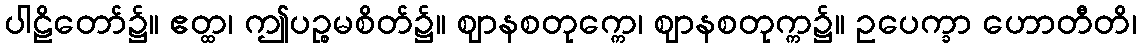
ပါဠိတော်၌။ ဧတ္ထ၊ ဤပဉ္စမစိတ်၌။ ဈာနစတုက္ကေ၊ ဈာနစတုက္က၌။ ဥပေက္ခာ ဟောတီတိ၊